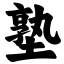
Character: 塾